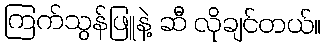
ကြက်သွန်ဖြူနဲ့ ဆီ လိုချင်တယ်။